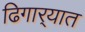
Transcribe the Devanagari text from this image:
ढिगार्‍यात